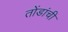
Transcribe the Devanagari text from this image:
तोंडांची